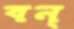
বন্